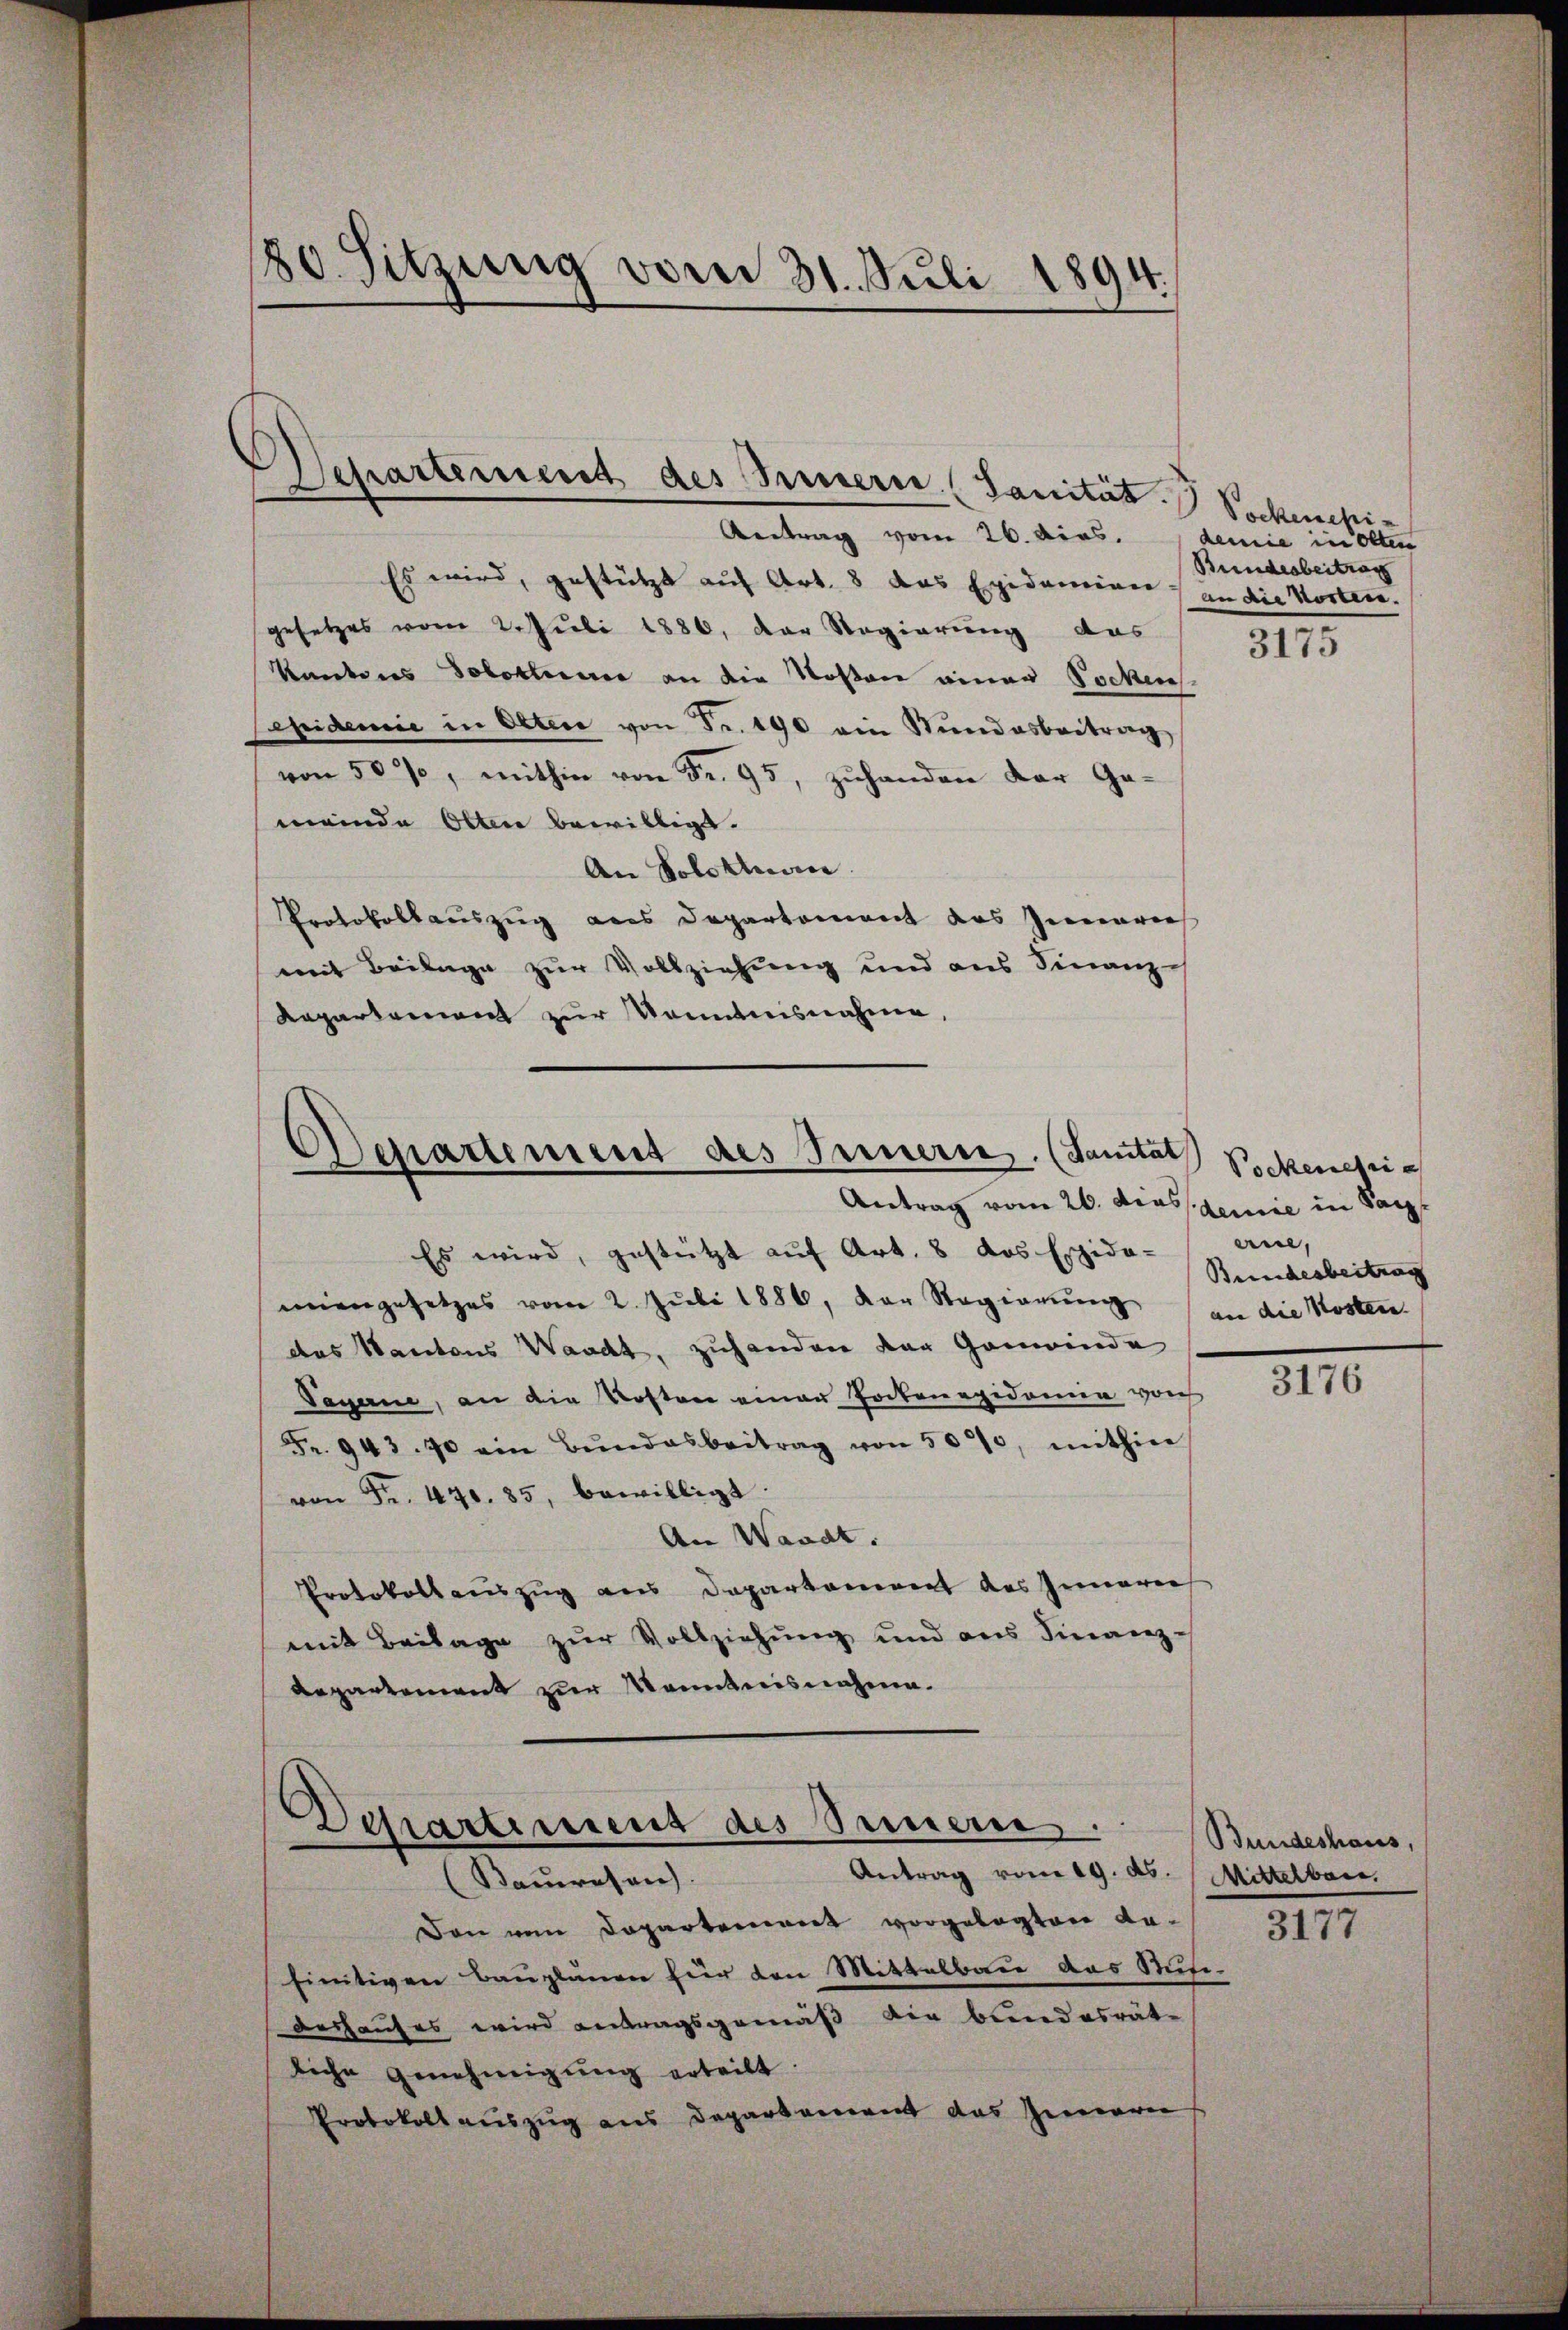
180. Sitzung vom 31. Juli 1894.
.

Es wird, gestützt auf Art. 8 das Epidemien an die Worten.
gesetzes vom 2. Juli 1886, der Regierung das
Kantons Solotten an die Kosten einer Pockens.
Cepidemie in Olten von Fr. 190 ein Stundesbeitrag
von 50%, mithin von Fr. 95, zŭhanden der Ge-
meinde Otten bewilligt.
An Solothurn.
Protokollauszug aus Departement des Innerer
mit Beilage zur Vollziehung und aus Finanz¬
Repartement zur Kenntnisnahme,

Separtement des Innern (Sanität.
Antrag vom 26. dies. demie in Olten

Departement des Fernern. (Santat
Antrag vom 26. dies demie in Sac

Departement des Simmern.
Antrag vom 19. ds. Mittelbar.
(Bauwesen.

Vockenepi-
Bundesbeitrag

Es wird, gestützt auf Art. 8 das Essida-
miengesetzes vom 2. Juli 1886, der Regierung an die Kosten
das Kantons Waadt, zuhanden der Gemeinde
Sagerne, an die Kosten einer Potenegidemie von
Fr. 943. 70 ein Bŭndesbeitrag von 50%, mithin
von Fr. 470. 35, bewilligt.
An Waadt.
Protokollauszug aus Departement des Inneren
mit Beilage zur Vollziehung und aus Finanz¬
Repartement zur Manntnisnahme.

Den von Departement vorgelegten Befinitiven Bauplänen für den Mittelbau das Stuhi-
deshauses wird antragsgemäß die bundesräte
liche Genehmigung erteilt.
Protokoll auszug aus Departement das Innern

3175

Pockenesie
erie,
Bundesbeitrag

3176

Bundeshaus,
3177